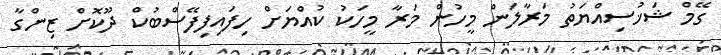
ގޭމް ޝަޚުސިއްޔަތު މަރާލަން މީހުން މަރާ މީހަކު ކުއްޔަށް ހިފައިފިފޭސްބުކް ދޫކޮށް ޒިންގާ